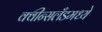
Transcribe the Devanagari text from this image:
क्वीन्सलँडमध्ये